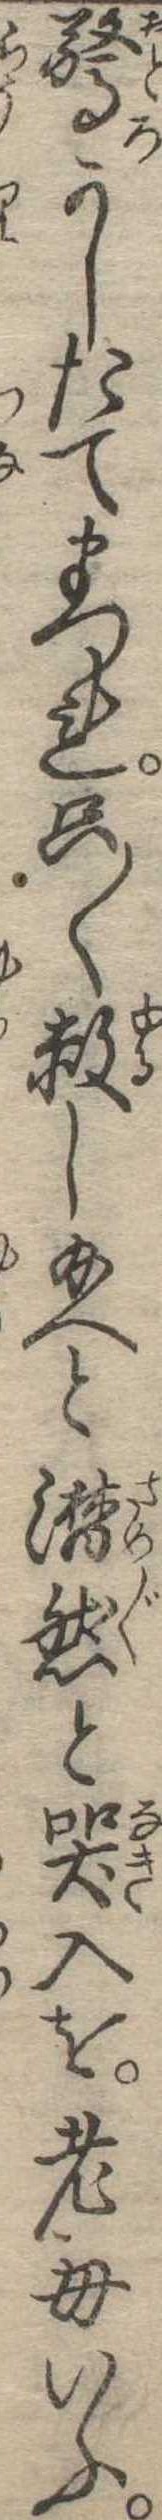
驚かしたてまつれ只〱赦し給へと潸然と哭入を老母いふ